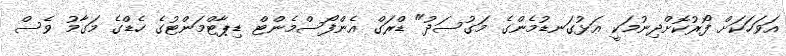
އަވަހަކަށް ފޯރުކޮށްދިނުމަކީ އަޅުގަނޑުމެންގެ މަގުސަދު" ޑްރަގް އެންފޯސްމެންޓް ޑިޕާޓްމަންޓުގެ ހެޑްގެ މަގާމު ވެސް